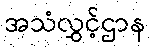
အသံလွှင့်ဌာန